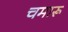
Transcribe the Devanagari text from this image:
चमारू